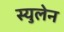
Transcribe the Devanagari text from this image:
स्युलेन